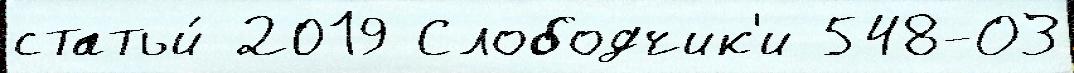
статьи́ 2019 Слободчик'и 548-ОЗ